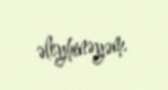
əleyhinəyəm.